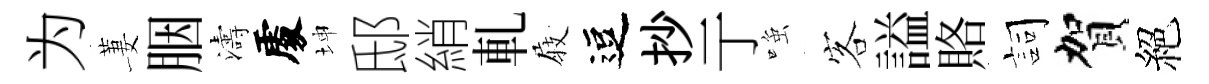
为萋胭濤𠁅坤邸綃軋𡲆逗抄亍𫪻客謚賂詞賀絕